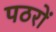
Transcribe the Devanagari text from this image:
पठरों